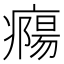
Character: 𤺹